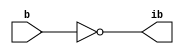
module invert(output ib,input b);
	assign ib = ~b;
endmodule

module and2 (input wire i0, i1, output wire o);
  assign o = i0 & i1;
endmodule

module or2 (input wire i0, i1, output wire o);
  assign o = i0 | i1;
endmodule

module xor2 (input wire i0, i1, output wire o);
  assign o = i0 ^ i1;
endmodule

module nand2 (input wire i0, i1, output wire o);
   wire t;
   and2 and2_0 (i0, i1, t);
   invert invert_0 (t, o);
endmodule

module nor2 (input wire i0, i1, output wire o);
   wire t;
   or2 or2_0 (i0, i1, t);
   invert invert_0 (t, o);
endmodule

module xnor2 (input wire i0, i1, output wire o);
   wire t;
   xor2 xor2_0 (i0, i1, t);
   invert invert_0 (t, o);
endmodule

module and3 (input wire i0, i1, i2, output wire o);
   wire t;
   and2 and2_0 (i0, i1, t);
   and2 and2_1 (i2, t, o);
endmodule

module or3 (input wire i0, i1, i2, output wire o);
   wire t;
   or2 or2_0 (i0, i1, t);
   or2 or2_1 (i2, t, o);
endmodule

module nor3 (input wire i0, i1, i2, output wire o);
   assign o = (~i0)&(~i1)&(~i2);
endmodule

module nand3 (input wire i0, i1, i2, output wire o);
   assign o = (~i0)|(~i1)|(~i2);
endmodule

module xor3 (input wire i0, i1, i2, output wire  o);
   assign o = (i0)^(i1)^(i2);
endmodule

module xnor3 (input wire i0, i1, i2, output wire o);

   assign o = ~((i0)^(i1)^(i2));
endmodule



module fa (input wire i0, i1, cin, output wire sum, cout);
   wire t0, t1, t2;
   xor3 _i0 (i0, i1, cin, sum);
   and2 _i1 (i0, i1, t0);
   and2 _i2 (i1, cin, t1);
   and2 _i3 (cin, i0, t2);
   or3 _i4 (t0, t1, t2, cout);
endmodule